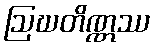
ဩဃတိဏ္ဏဿ